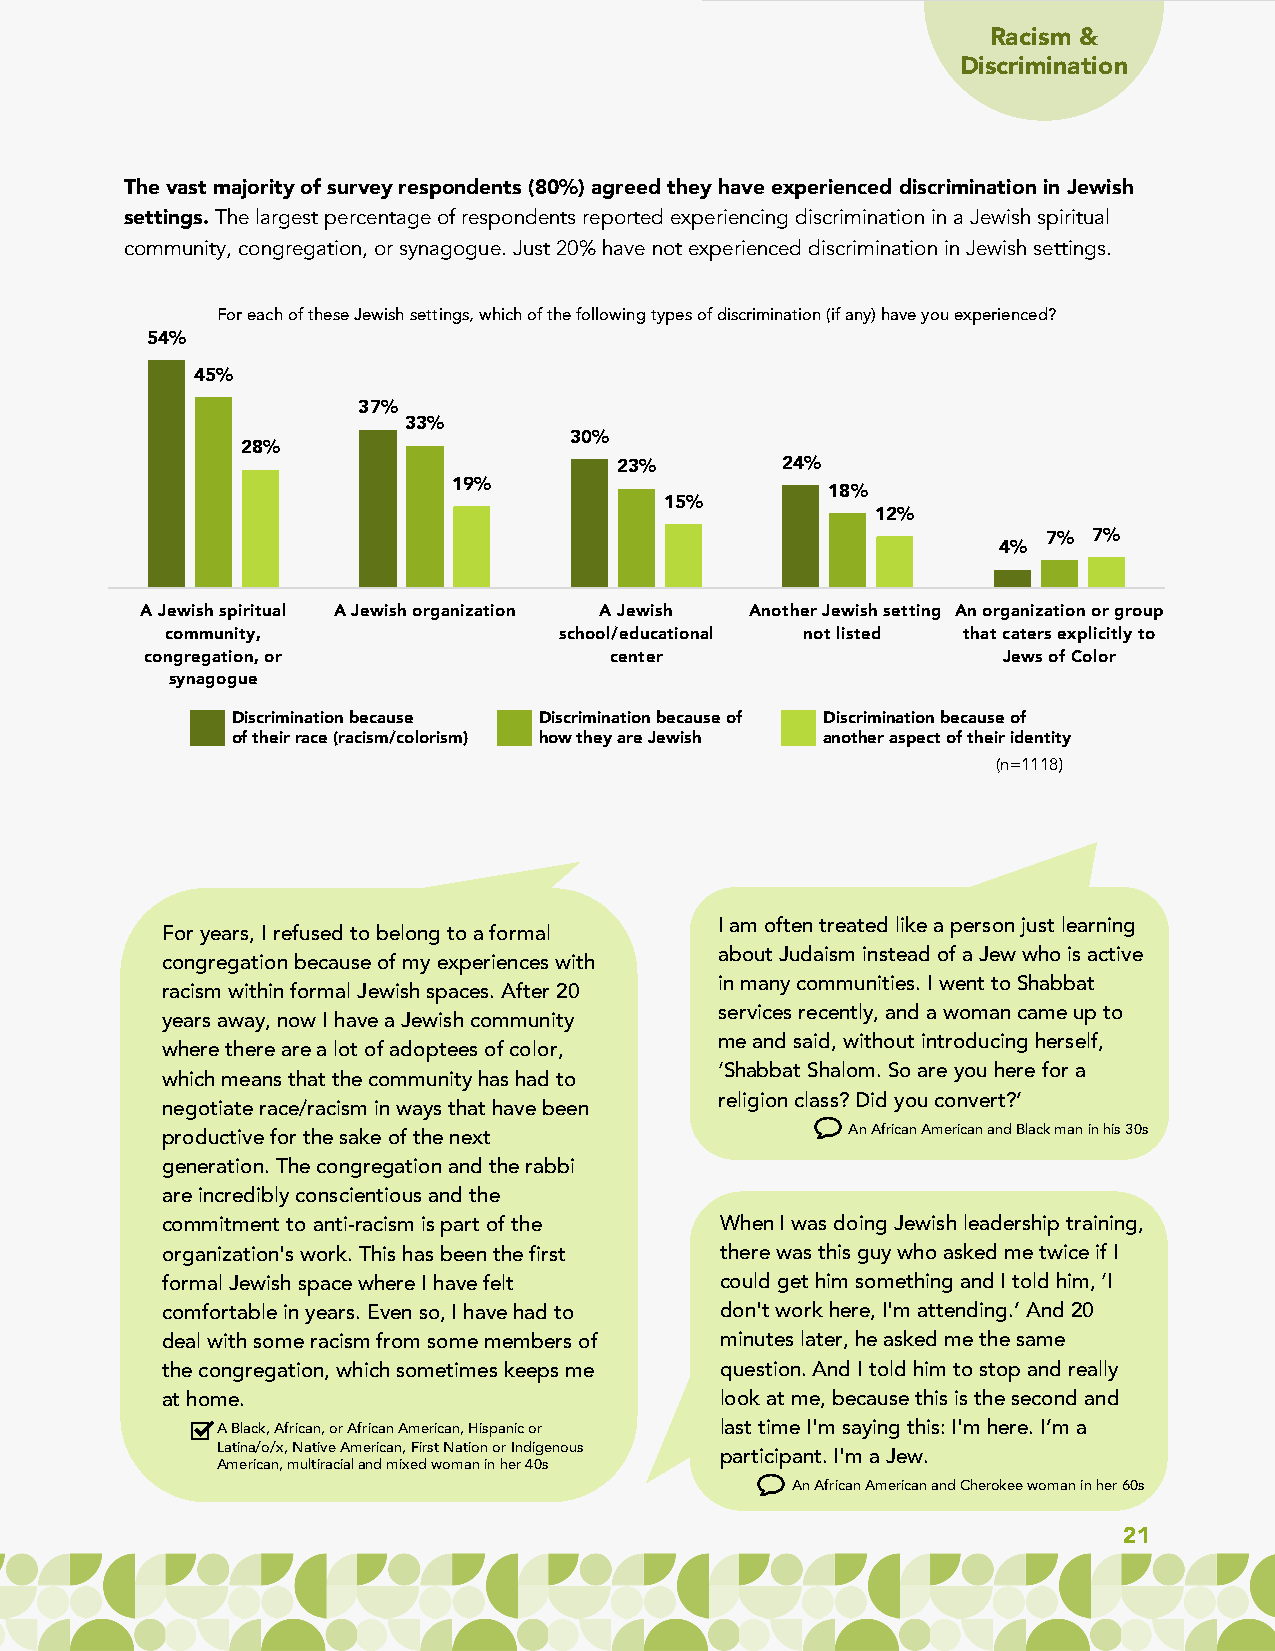
Racism &
 Discrimination
 The vast majority of survey respondents (80%) agreed they have experienced discrimination in Jewish
 settings. The largest percentage of respondents reported experiencing discrimination in a Jewish spiritual
 community, congregation, or synagogue. Just 20% have not experienced discrimination in Jewish settings.
 For each of these Jewish settings, which of the following types of discrimination (if any) have you experienced?
 54%
 45%
 37%
 33%
 30%
 28%
 23%        24%
 19%
 18%
 15%
 12%
 7% 7%
 4%
 A Jewish spiritual A Jewish organization A Jewish Another Jewish setting An organization or group
 community,                school/educational not listed that caters explicitly to
 congregation, or              center                    Jews of Color
 synagogue
 Discrimination because Discrimination because of Discrimination because of
 of their race (racism/colorism) how they are Jewish another aspect of their identity
 (n=1118)
 I am often treated like a person just learning
 For years, I refused to belong to a formal
 about Judaism instead of a Jew who is active
 congregation because of my experiences with
 in many communities. I went to Shabbat
 racism within formal Jewish spaces. After 20
 services recently, and a woman came up to
 years away, now I have a Jewish community
 me and said, without introducing herself,
 where there are a lot of adoptees of color,
 ‘Shabbat Shalom. So are you here for a
 which means that the community has had to
 religion class? Did you convert?’
 negotiate race/racism in ways that have been
 productive for the sake of the next          An African American and Black man in his 30s
 generation. The congregation and the rabbi
 are incredibly conscientious and the
 commitment to anti-racism is part of the When I was doing Jewish leadership training,
 organization's work. This has been the first there was this guy who asked me twice if I
 formal Jewish space where I have felt could get him something and I told him, ‘I
 comfortable in years. Even so, I have had to don't work here, I'm attending.’ And 20
 deal with some racism from some members of minutes later, he asked me the same
 the congregation, which sometimes keeps me question. And I told him to stop and really
 at home.                             look at me, because this is the second and
 A Black, African, or African American, Hispanic or last time I'm saying this: I'm here. I’m a
 Latina/o/x, Native American, First Nation or Indigenous
 participant. I'm a Jew.
 American, multiracial and mixed woman in her 40s
 An African American and Cherokee woman in her 60s
 21